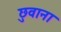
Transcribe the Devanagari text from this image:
छुवाना